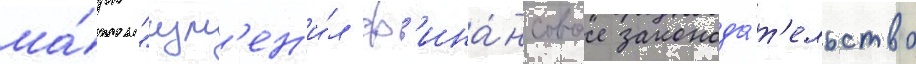
ма́рк "изм'ен'и́л ф'ина́нсовое законода́т'ельство